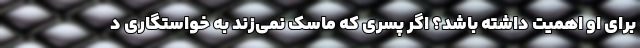
برای او اهمیت داشته باشد؟ اگر پسری که ماسک نمی‌زند به خواستگاری د